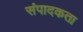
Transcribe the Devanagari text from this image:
संपादकता